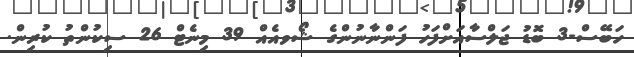
ހަބޭސް-3 ބޮޑު ޖަލްސާއަށްފަހު ފަންނާނުންގެ ޝޯވއެއް 39 މިނެޓް 26 ސިކުންތު ކުރިން.